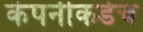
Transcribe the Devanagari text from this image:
कंपनीकडेच